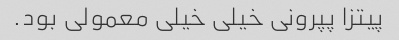
پیتزا پپرونی خیلی خیلی معمولی بود.